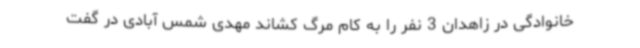
خانوادگی در زاهدان 3 نفر را به کام مرگ کشاند مهدی شمس آبادی در گفت